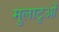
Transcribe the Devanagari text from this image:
मुलाटुओं